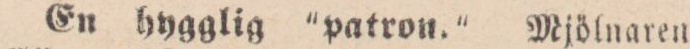
En hygglig “patron.” Mjölnaren